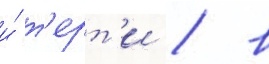
и́ т'ерт'и / в